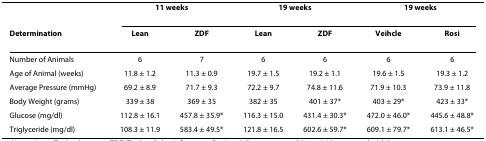
<table><thead><tr><td></td><td colspan="2"><b>11 weeks</b></td><td colspan="2"><b>19 weeks</b></td><td colspan="2"><b>19 weeks</b></td></tr><tr><td><b>Determination</b></td><td><b>Lean</b></td><td><b>ZDF</b></td><td><b>Lean</b></td><td><b>ZDF</b></td><td><b>Veihcle</b></td><td><b>Rosi</b></td></tr></thead><tbody><tr><td>Number of Animals</td><td>6</td><td>7</td><td>6</td><td>6</td><td>6</td><td>6</td></tr><tr><td>Age of Animal (weeks)</td><td>11.8 ± 1.2</td><td>11.3 ± 0.9</td><td>19.7 ± 1.5</td><td>19.2 ± 1.1</td><td>19.6 ± 1.5</td><td>19.3 ± 1.2</td></tr><tr><td>Average Pressure (mmHg)</td><td>69.2 ± 8.9</td><td>71.7 ± 9.3</td><td>72.2 ± 9.7</td><td>74.8 ± 11.6</td><td>71.9 ± 10.3</td><td>73.9 ± 11.8</td></tr><tr><td>Body Weight (grams)</td><td>339 ± 38</td><td>369 ± 35</td><td>382 ± 35</td><td>401 ± 37*</td><td>403 ± 29*</td><td>423 ± 33*</td></tr><tr><td>Glucose (mg/dl)</td><td>112.8 ± 16.1</td><td>457.8 ± 35.9*</td><td>116.3 ± 15.0</td><td>431.4 ± 30.3*</td><td>472.0 ± 46.0*</td><td>445.6 ± 48.8*</td></tr><tr><td>Triglyceride (mg/dl)</td><td>108.3 ± 11.9</td><td>583.4 ± 49.5*</td><td>121.8 ± 16.5</td><td>602.6 ± 59.7*</td><td>609.1 ± 79.7*</td><td>613.1 ± 46.5*</td></tr></tbody></table>